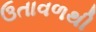
ઉતાવળથી